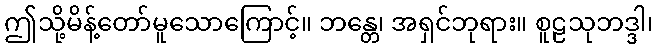
ဤသို့မိန့်တော်မူသောကြောင့်။ ဘန္တေ၊ အရှင်ဘုရား။ စူဠသုဘဒ္ဒါ၊